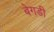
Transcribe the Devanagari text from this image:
बेगडी